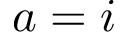
a = i